Leaving Certificate Examination (including Day School Certificate (Higher) General paper), 1936
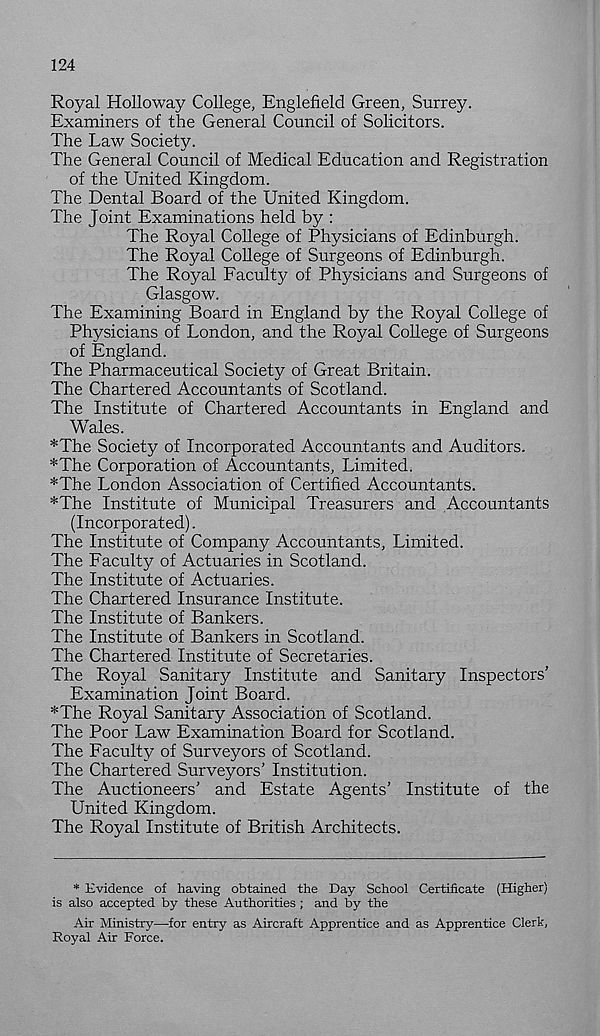
124
Royal Holloway College, Englefield Green, Surrey.
Examiners of the General Council of Solicitors.
The Law Society.
The General Council of Medical Education and Registration
of the United Kingdom.
The Dental Board of the United Kingdom.
The Joint Examinations held by :
The Royal College of Physicians of Edinburgh.
The Royal College of Surgeons of Edinburgh.
The Royal Faculty of Physicians and Surgeons of
Glasgow.
The Examining Board in England by the Royal College of
Physicians of London, and the Royal College of Surgeons
of England.
The Pharmaceutical Society of Great Britain.
The Chartered Accountants of Scotland.
The Institute of Chartered Accountants in England and
Wales.
*The Society of Incorporated Accountants and Auditors.
*The Corporation of Accountants, Limited.
*The London Association of Certified Accountants.
*The Institute of Municipal Treasurers and Accountants
(Incorporated).
The Institute of Company Accountants, Limited.
The Faculty of Actuaries in Scotland.
The Institute of Actuaries.
The Chartered Insurance Institute.
The Institute of Bankers.
The Institute of Bankers in Scotland.
The Chartered Institute of Secretaries.
The Royal Sanitary Institute and Sanitary Inspectors’
Examination Joint Board.
*The Royal Sanitary Association of Scotland.
The Poor Law Examination Board for Scotland.
The Faculty of Surveyors of Scotland.
The Chartered Surveyors’ Institution.
The Auctioneers’ and Estate Agents’ Institute of the
United Kingdom.
The Royal Institute of British Architects.
* Evidence of having obtained the Day School Certificate (Higher)
is also accepted by these Authorities ; and by the
Air Ministry—for entry as Aircraft Apprentice and as Apprentice Clerk,
Royal Air Force.